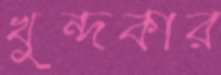
খুন্দকার